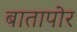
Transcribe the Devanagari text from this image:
बातापोर